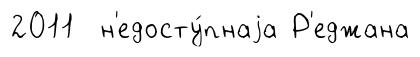
2011 н'едосту́пнаjа Р'еджана